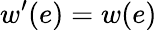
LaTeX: w^{\prime}(e)=w(e)